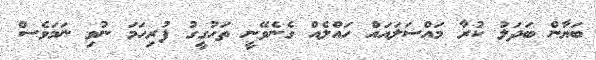
ބަޔާން ބަދަލު ކުރާ މައްސަލައައް ހައްލެއް ގެނެވޭނީ ތަހުގީގު ފުރިހަމަ ނުވި ނަމަވެސް